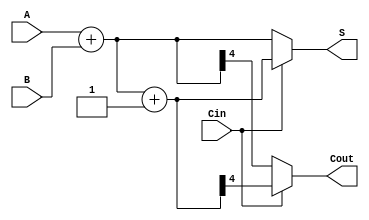
module CarrySelectAdder #(parameter N = 4) (
    input [N-1:0] A,   // First n-bit input
    input [N-1:0] B,   // Second n-bit input
    input Cin,         // Carry input
    output [N:0] S,    // (n+1)-bit sum output
    output Cout        // Carry output
);

    // Intermediate sums and carry outputs
    wire [N-1:0] S0, S1;  // Sums for Cin = 0 and Cin = 1
    wire Cout0, Cout1;     // Carry outputs for Cin = 0 and Cin = 1

    // Generate low block (for Cin = 0)
    assign {Cout0, S0} = A + B; // Low carry block

    // Generate high block (for Cin = 1)
    assign {Cout1, S1} = A + B + 1'b1; // High carry block

    // Select logic based on Cin
    assign S = (Cin == 1'b0) ? {Cout0, S0} : {Cout1, S1}; // Select sum
    assign Cout = (Cin == 1'b0) ? Cout0 : Cout1; // Select carry out

endmodule